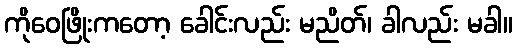
ကိုဝေဖြိုးကတော့ ခေါင်းလည်း မညိတ်၊ ခါလည်း မခါ။